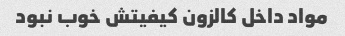
مواد داخل کالزون کیفیتش خوب نبود